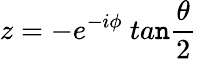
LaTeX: z=-e^{-i\phi}~ta\mathtt{n}\frac{{\theta}}{{2}}